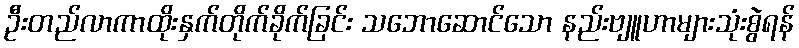
ဦးတည်လာကာထိုးနှက်တိုက်ခိုက်ခြင်း သဘောဆောင်သော နည်းဗျူဟာများသုံးစွဲရန်